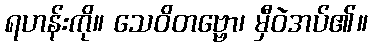
ရဟန်းကို။ သေဝိတဗ္ဗော၊ မှီဝဲအပ်၏။